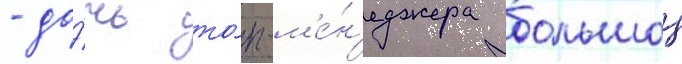
- до́чь то́п-м'е́н'еджера большои